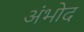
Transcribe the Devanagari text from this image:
अंभोद